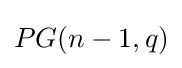
PG(n-1,q)